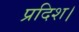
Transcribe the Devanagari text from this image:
प्रदिश।